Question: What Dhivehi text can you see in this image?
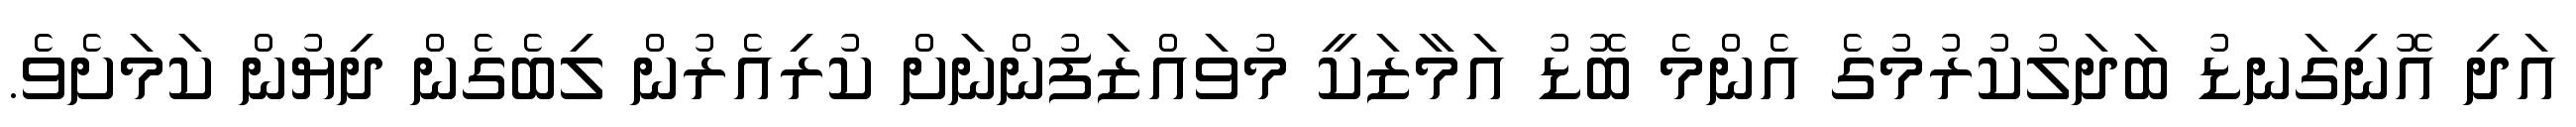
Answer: އަދި އޮނިގަނޑު ބަދަލުކުރުމުގެ އެންމެ ބޮޑު އަމާޒަކީ މުވައްޒަފުންނަށް ކުރިއެރުން ލިބެގެން ދިޔުން ކަމަށެވެ.